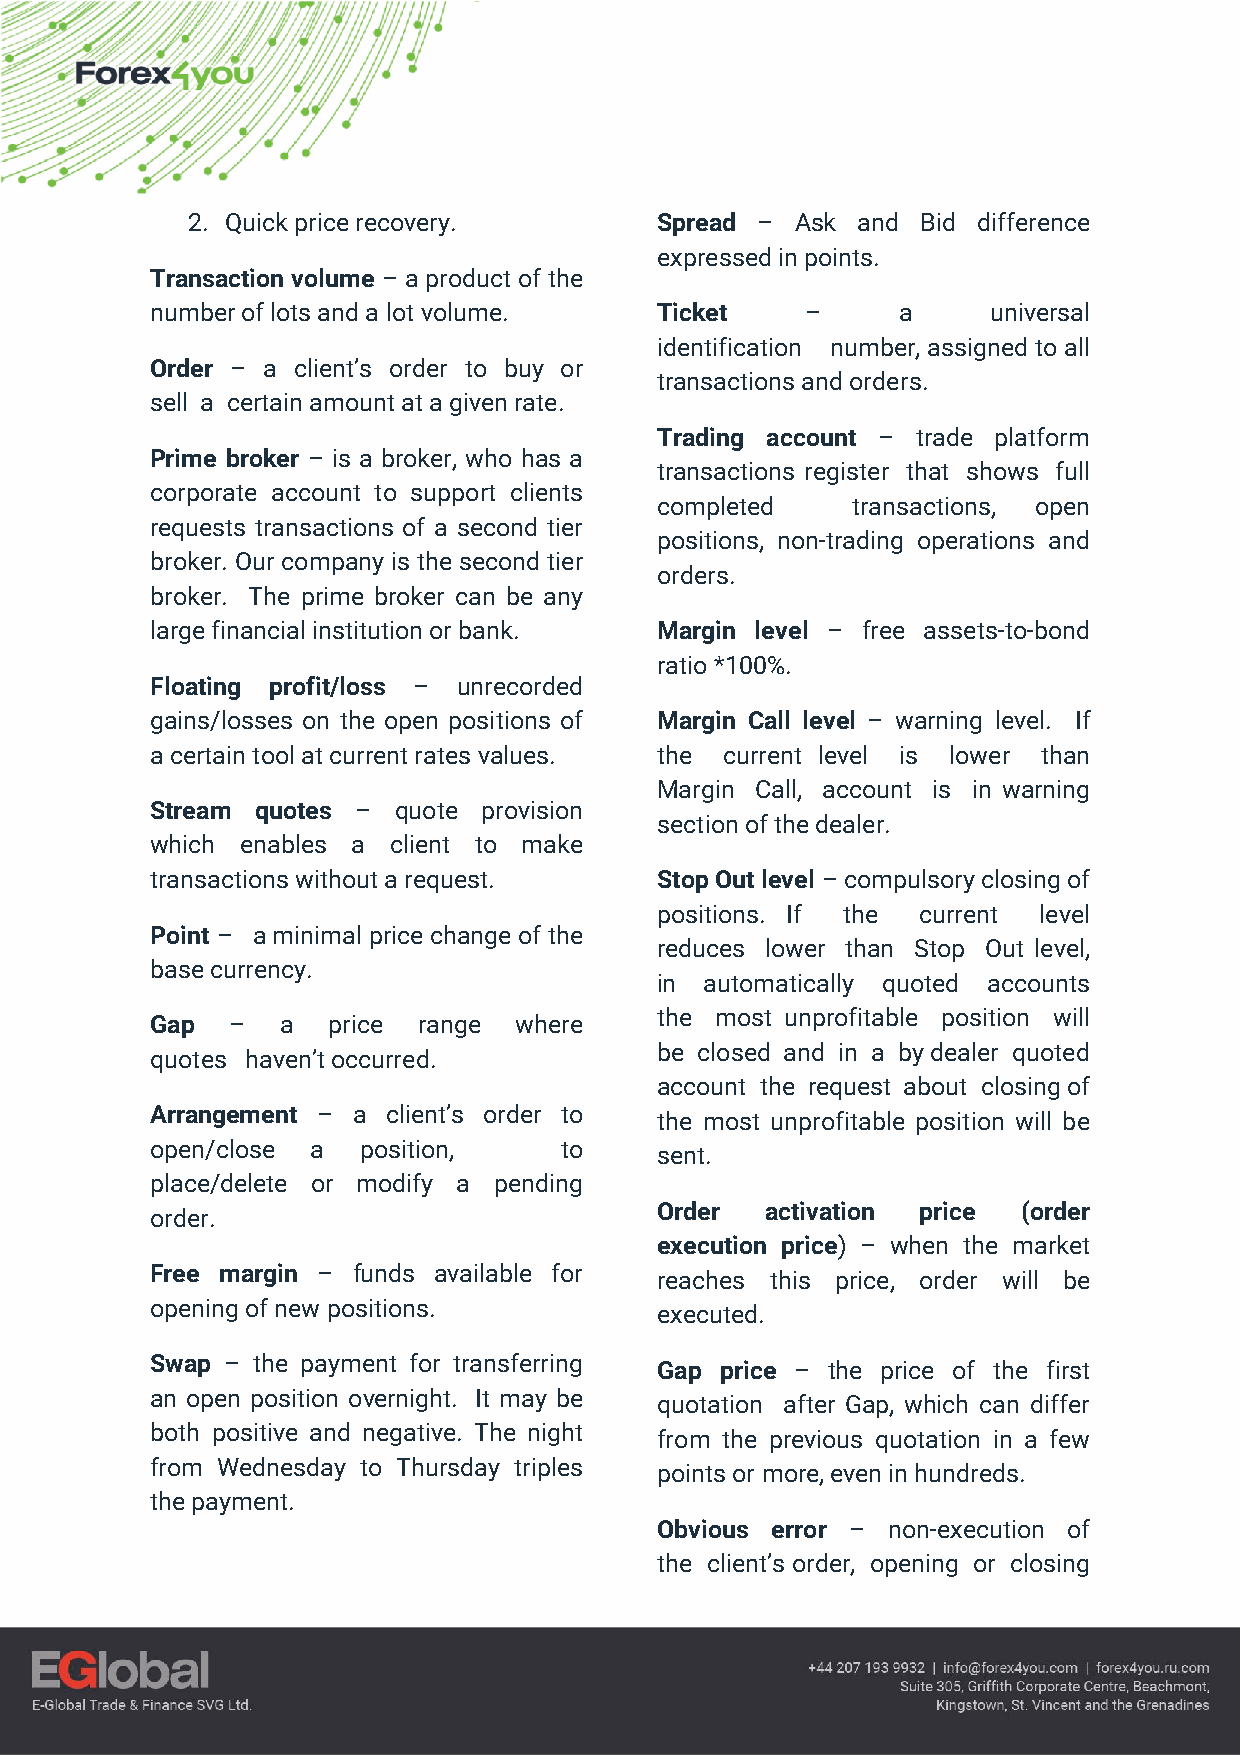
2. Quick price recovery.       S p r e a d – Ask and Bid difference
 expressed in points.
 Transaction volume – a product of the
 number of lots and a lot volume. Ticket    –      a     universal
 identification number, assigned to all
 Order – a client’s order to buy or
 transactions and orders.
 sell a certain amount at a given rate.
 Trading account – trade platform
 Prime broker – is a broker, who has a
 transactions register that shows full
 corporate account to support clients
 completed    transactions, open
 requests transactions of a second tier
 positions, non-trading operations and
 broker. Our company is the second tier
 orders.
 broker. The prime broker can be any
 large financial institution or bank. Margin level – free assets-to-bond
 ratio *100%.
 Floating profit/loss – unrecorded
 gains/losses on the open positions of Margin Call level – warning level. If
 a certain tool at current rates values. the current level is lower than
 Margin Call, account is in warning
 Stream quotes – quote provision
 section of the dealer.
 which enables a client to make
 transactions without a request.  Stop Out level – compulsory closing of
 positions. If the current level
 Point – a minimal price change of the
 reduces lower than Stop Out level,
 base currency.
 in  automatically quoted accounts
 the most unprofitable position will
 Gap  –   a  price range where
 be closed and in a by dealer quoted
 quotes haven’t occurred.
 account the request about closing of
 Arrangement – a client’s order to
 the most unprofitable position will be
 open/close a  position,    to
 sent.
 place/delete or modify a pending
 Order   activation price (order
 order.
 execution price) – when the market
 Free margin – funds available for
 reaches this price, order will be
 opening of new positions.
 executed.
 Swap – the payment for transferring
 Gap  price – the price of the first
 an open position overnight. It may be
 quotation after Gap, which can differ
 both positive and negative. The night
 from the previous quotation in a few
 from Wednesday to Thursday triples
 points or more, even in hundreds.
 the payment.
 Obvious error – non-execution of
 the client’s order, opening or closing